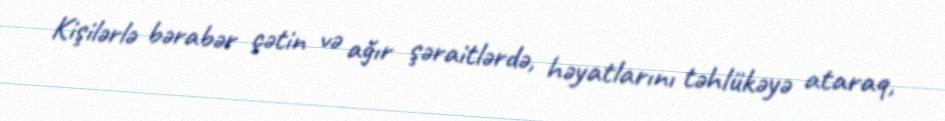
Kişilərlə bərabər çətin və ağır şəraitlərdə, həyatlarını təhlükəyə ataraq,